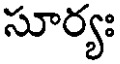
సూర్యః